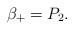
\begin{align*} \beta_+=P_2.\end{align*}